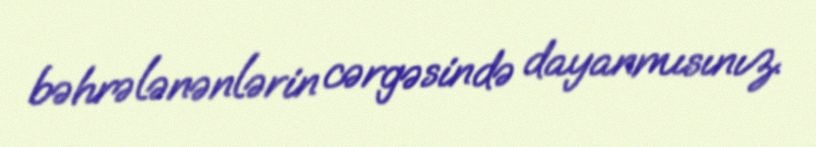
bəhrələnənlərin cərgəsində dayanmısınız.